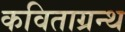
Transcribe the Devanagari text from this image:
कविताग्रन्थ